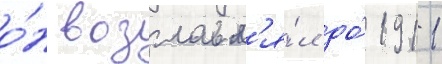
о́н возглавл'я́л до́ 1911